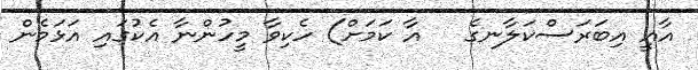
އާއީ އިބަރަސްކަލާނގެ   އާ ކަމަށް) ހެކިވާ މީހުންނާ އެކުގައި އަޅަމެން